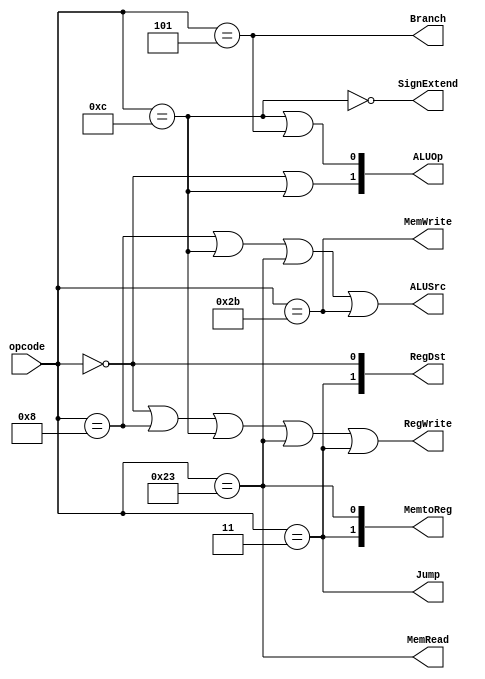
module Control(opcode, RegDst, Branch, MemRead, MemtoReg, ALUOp, MemWrite, ALUSrc, RegWrite, Jump, SignExtend);
  input [5:0] opcode;
  output wire RegWrite, Branch, ALUSrc, MemRead, MemWrite, Jump, SignExtend;
  output wire [1:0] ALUOp, RegDst, MemtoReg;
  
  parameter [5:0]
    RFORMAT = 6'b000000,
    ADDI = 6'b001000,
    ANDI = 6'b001100,
    LW = 6'b100011,
    SW = 6'b101011,
    BEQ = 6'b000101,
    JAL = 6'b000011;

  wire LOAD = (opcode == LW);
  wire STORE = (opcode == SW);

  assign #10 Jump = (opcode == JAL);
  assign #10 Branch = (opcode == BEQ);
  assign #10 MemRead = LOAD;
  assign #10 MemWrite = STORE;
  assign #10 ALUSrc = (opcode == ADDI || opcode == ANDI || LOAD || STORE);
  assign #10 RegDst[1] = (opcode == JAL);
  assign #10 RegDst[0] = (opcode == RFORMAT);
  assign #10 MemtoReg[1] = (opcode == JAL);
  assign #10 MemtoReg[0] = LOAD;
  assign #10 RegWrite = (opcode == RFORMAT || opcode == ADDI || opcode == ANDI || LOAD || opcode == JAL);
  assign #10 ALUOp[1] = (opcode == RFORMAT || opcode == ANDI);
  assign #10 ALUOp[0] = (opcode == ANDI || opcode == BEQ);

  assign #10 SignExtend = !(opcode == ANDI);
endmodule

module Control_testbench();
  reg [5:0] opcode;
  wire RegWrite, Branch, ALUSrc, MemRead, MemWrite, Jump;
  wire [1:0] ALUOp, RegDst, MemtoReg;

  Control control(opcode, RegDst, Branch, MemRead, MemtoReg, ALUOp, MemWrite, ALUSrc, RegWrite, Jump);

  parameter [5:0]
    RFORMAT = 6'd0,
    ADDI = 6'd8,
    ANDI = 6'd12,
    LW = 6'd35,
    SW = 6'd43,
    BEQ = 6'd4,
    JAL = 6'd3;

  initial begin
    # 10 opcode = RFORMAT;
    # 10 opcode = ADDI;
    # 10 opcode = ANDI;
    # 10 opcode = LW;
    # 10 opcode = SW;
    # 10 opcode = BEQ;
    # 10 opcode = JAL;
    # 10 $finish;
  end

endmodule